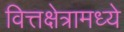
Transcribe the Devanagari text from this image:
वित्तक्षेत्रामध्ये